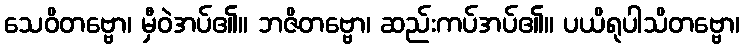
သေဝိတဗ္ဗော၊ မှီဝဲအပ်၏။ ဘဇိတဗ္ဗော၊ ဆည်းကပ်အပ်၏။ ပယိရုပါသိတဗ္ဗော၊